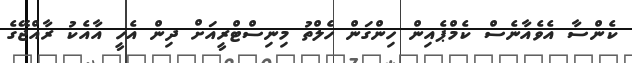
ކެންސާ އެވެއާނެސް ކެމްޕެއިން ހިންގަން ހެލްތު މިނިސްޓްރީއަށް ދިން އެހީ އާއެކު ރާއްޖޭގެ